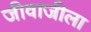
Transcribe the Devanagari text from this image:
जीवाजीला